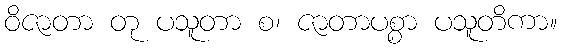
ဝိဇာတာ တု ပသူတာ စ၊ ဇာတာပစ္စာ ပသူတိကာ။